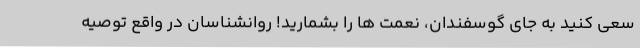
سعی کنید به جای گوسفندان، نعمت ها را بشمارید! روانشناسان در واقع توصیه